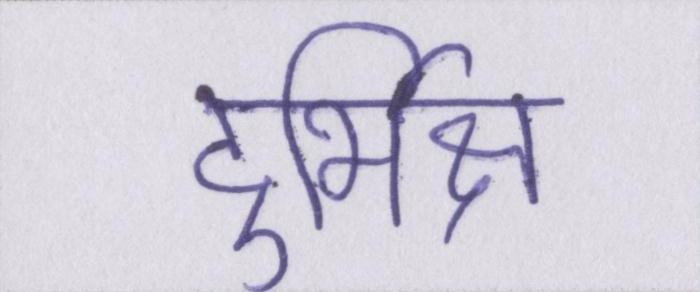
दुर्भिक्ष